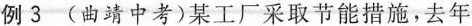
例3 (曲靖中考)某工厂采取节能措施，去年